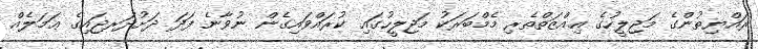
ރައްޔިތުންގެ މަޖިލީހުގެ ޢިއްޒަތްތެރި މެމްބަރަކު މަޖިލީހުގައި ކުރައްވައިގެން ނުވާނެ ފަދަ ދަށުދަރޖައިގެ ޢަމަލެއް